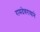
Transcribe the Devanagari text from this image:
रामदेवरायाने